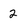
Character: 2